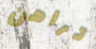
تراهن